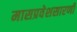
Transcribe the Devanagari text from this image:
मासप्रवेशसारणी